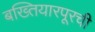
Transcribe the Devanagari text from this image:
बख्तियारपूरची